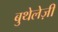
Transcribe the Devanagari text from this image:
बुथेलेज़ी